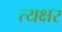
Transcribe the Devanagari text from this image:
त्यक्षर